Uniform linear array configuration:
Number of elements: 24
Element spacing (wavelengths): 0.75
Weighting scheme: hamming
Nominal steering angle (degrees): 0
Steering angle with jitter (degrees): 0.2309
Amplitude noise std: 0.05
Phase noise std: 0.05

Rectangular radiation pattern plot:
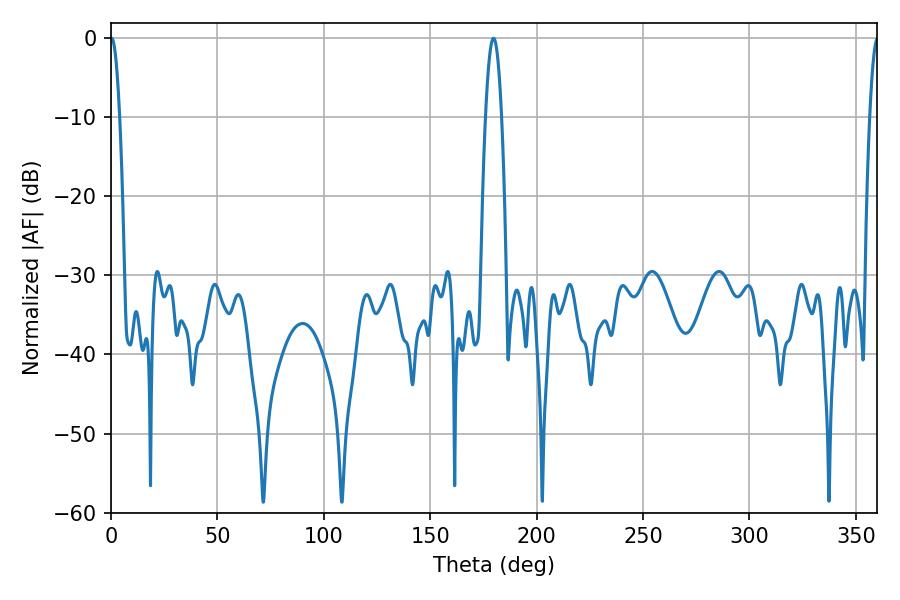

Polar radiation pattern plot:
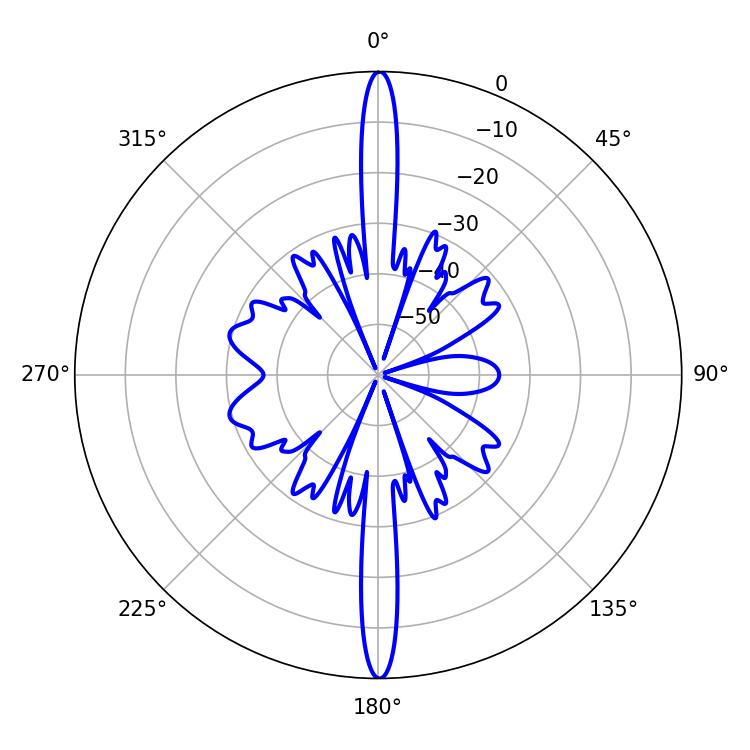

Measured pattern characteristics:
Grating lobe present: TRUE
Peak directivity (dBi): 38.275
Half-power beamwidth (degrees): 2.34
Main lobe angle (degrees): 0.18